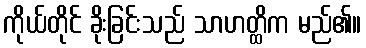
ကိုယ်တိုင် ခိုးခြင်းသည် သာဟတ္ထိက မည်၏။